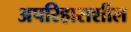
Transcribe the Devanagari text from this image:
अपरिहासशील